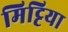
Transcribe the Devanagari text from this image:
मिट्टिया